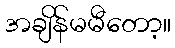
အချိန်မမီတော့။